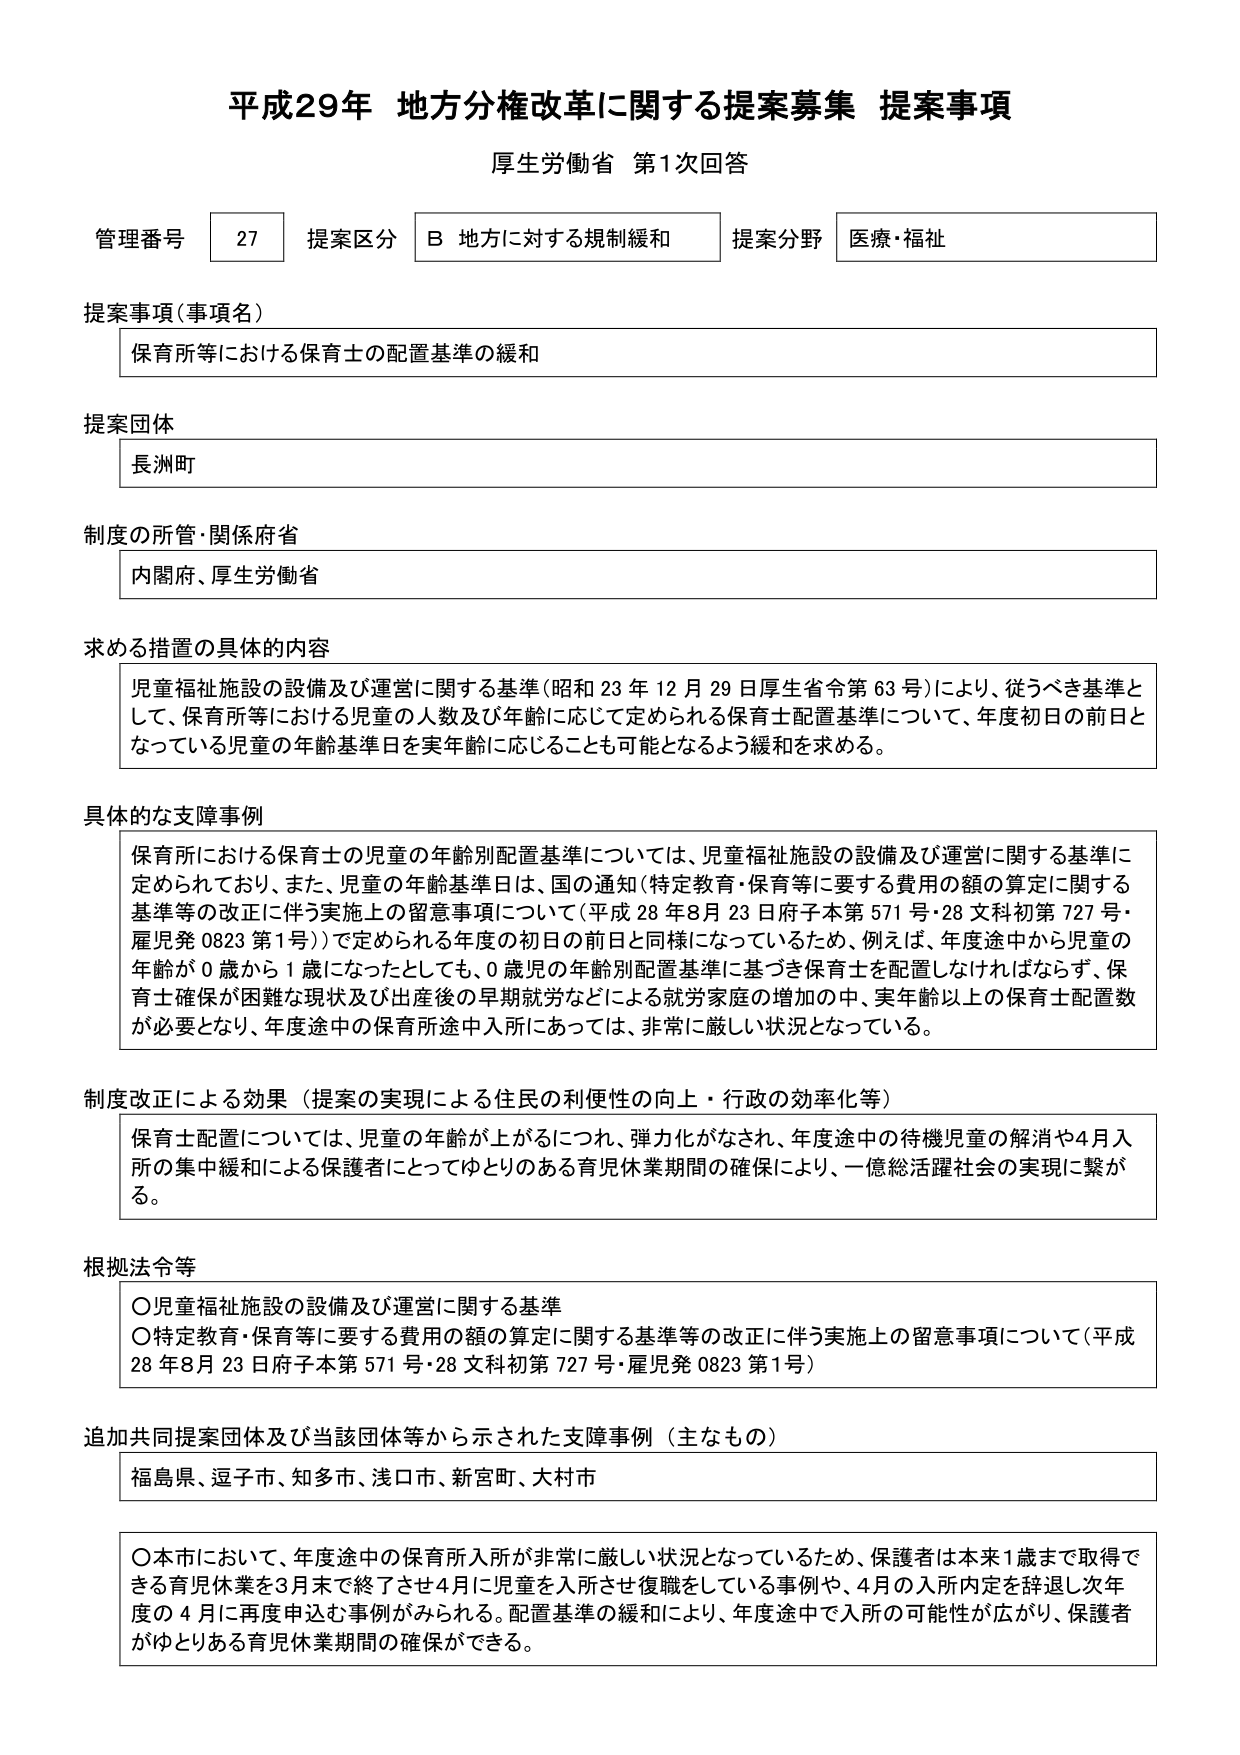
平成29年 地方分権改革に関する提案募集 提案事項
厚生労働省 第1次回答

管理番号 27 提案区分 B 地方に対する規制緩和 提案分野 医療・福祉

提案事項（事項名）
保育所等における保育士の配置基準の緩和

提案団体
長洲町

制度の所管・関係府省
内閣府、厚生労働省

求める措置の具体的内容
児童福祉施設の設備及び運営に関する基準（昭和23年12月29日厚生省令第63号）により、従うべき基準として、保育所等における児童の人数及び年齢に応じて定められる保育士配置基準について、年度初日の前日となっている児童の年齢基準日を実年齢に応じることも可能となるよう緩和を求める。

具体的な支障事例
保育所における保育士の児童の年齢別配置基準については、児童福祉施設の設備及び運営に関する基準に定められており、また、児童の年齢基準日は、国の通知（特定教育・保育等に要する費用の額の算定に関する基準等の改正に伴う実施上の留意事項について（平成28年8月23日府子本第571号・28文科初第727号・雇児発0823第1号））で定められる年度の初日の前日と同様になっているため、例えば、年度途中から児童の年齢が0歳から1歳になったとしても、0歳児の年齢別配置基準に基づき保育士を配置しなければならず、保育士確保が困難な現状及び出産後の早期就労などによる就労家庭の増加の中、実年齢以上の保育士配置数が必要となり、年度途中の保育所途中入所にあっては、非常に厳しい状況となっている。

制度改正による効果（提案の実現による住民の利便性の向上・行政の効率化等）
保育士配置については、児童の年齢が上がるにつれ、弾力化がなされ、年度途中の待機児童の解消や4月入所の集中緩和による保護者にとってゆとりのある育児休業期間の確保により、一億総活躍社会の実現に繋がる。

根拠法令等
〇児童福祉施設の設備及び運営に関する基準
〇特定教育・保育等に要する費用の額の算定に関する基準等の改正に伴う実施上の留意事項について（平成28年8月23日府子本第571号・28文科初第727号・雇児発0823第1号）

追加共同提案団体及び当該団体等から示された支障事例（主なもの）
福島県、逗子市、知多市、浅口市、新宮町、大村市

〇本市において、年度途中の保育所入所が非常に厳しい状況となっているため、保護者は本来1歳まで取得できる育児休業を3月末で終了させ4月に児童を入所させ復職している事例や、4月の入所内定を辞退し次年度の4月に再度申込む事例がみられる。配置基準の緩和により、年度途中で入所の可能性が広がり、保護者がゆとりある育児休業期間の確保ができる。